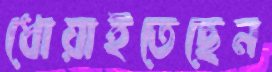
ধোয়াইতেছেন